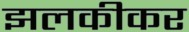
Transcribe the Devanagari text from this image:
झलकीकर